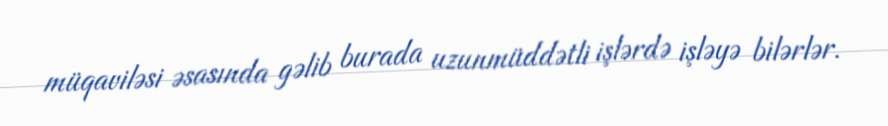
müqaviləsi əsasında gəlib burada uzunmüddətli işlərdə işləyə bilərlər.